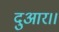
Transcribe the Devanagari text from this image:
दुआर।।